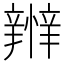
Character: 𢤴